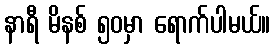
နာရီ မိနစ် ၅၀မှာ ရောက်ပါမယ်။